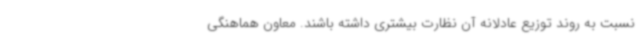
نسبت به روند توزیع عادلانه آن نظارت بیشتری داشته باشند. معاون هماهنگی